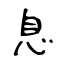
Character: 息